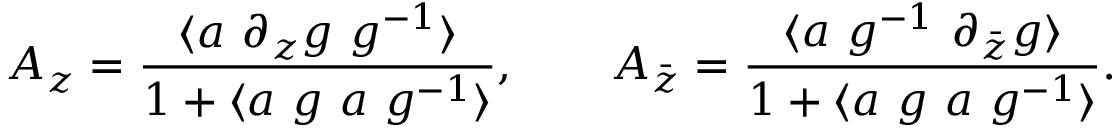
A _ { z } = \frac { \langle a ~ \partial _ { z } g ~ g ^ { - 1 } \rangle } { 1 + \langle a ~ g ~ a ~ g ^ { - 1 } \rangle } , ~ ~ ~ ~ ~ ~ A _ { \bar { z } } = \frac { \langle a ~ g ^ { - 1 } ~ \partial _ { \bar { z } } g \rangle } { 1 + \langle a ~ g ~ a ~ g ^ { - 1 } \rangle } .